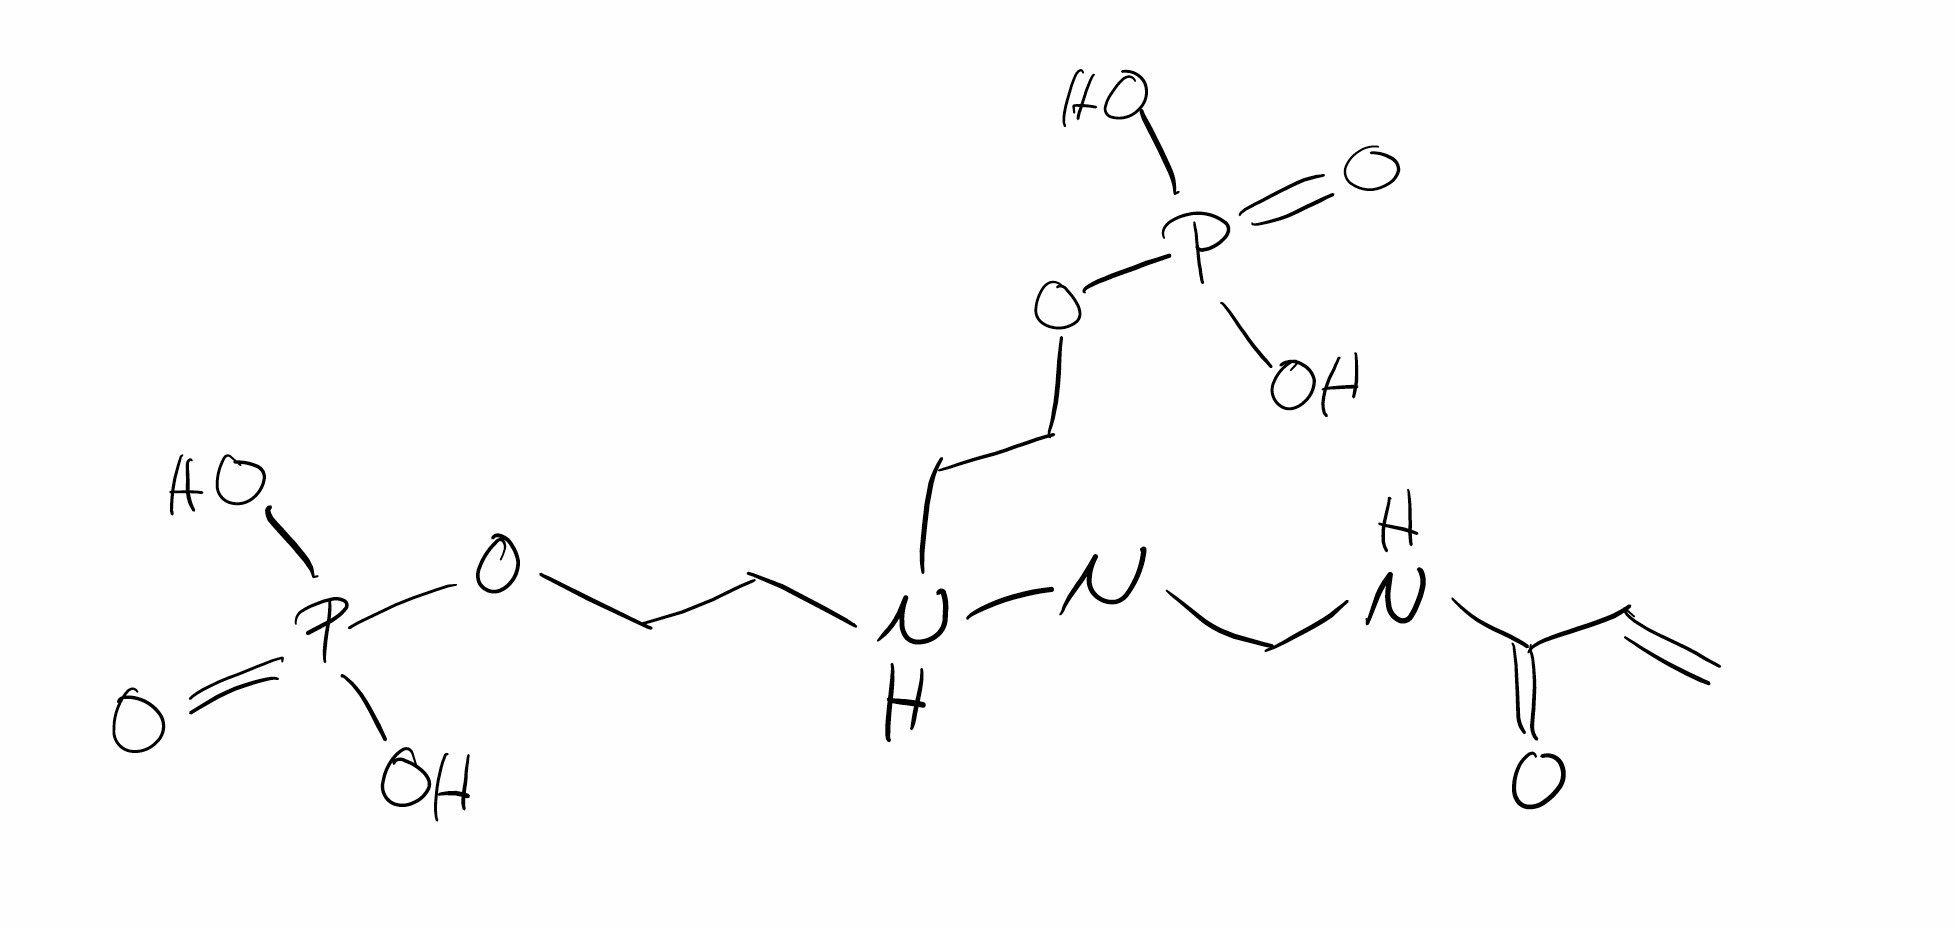
Simplified molecular-input line-entry system (SMILES) notation of the given molecule:
C=CC(=O)NCN(CCOP(=O)(O)O)NCCOP(=O)(O)O